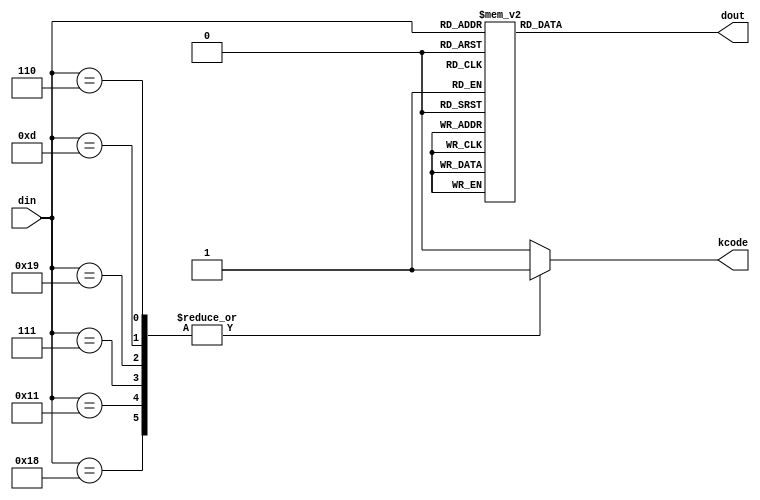
//  ____         _                ____                      
// | __ )  _ __ (_)  __ _  _ __  / ___|  _   _  _ __    ___ 
// |  _ \ | '__|| | / _` || '_ \ \___ \ | | | || '_ \  / _ \
// | |_) || |   | || (_| || | | | ___) || |_| || | | ||  __/
// |____/ |_|   |_| \__,_||_| |_||____/  \__,_||_| |_| \___|
//                                                          
// Programed By: BrianSune
// Contact: briansune@gmail.com
// 


`timescale 1ns/1ps

module dec_4b5b(
	
	input	[4 : 0]		din,
	output				kcode,
	output	[3 : 0]		dout
);
	
	reg		[3 : 0]		dout_c;
	reg					kcode_c;
	
	always@(*)begin
		case(din)
			5'b11110: dout_c = 4'd0;
			5'b01001: dout_c = 4'd1;
			5'b10100: dout_c = 4'd2;
			5'b10101: dout_c = 4'd3;
			5'b01010: dout_c = 4'd4;
			5'b01011: dout_c = 4'd5;
			5'b01110: dout_c = 4'd6;
			5'b01111: dout_c = 4'd7;
			5'b10010: dout_c = 4'd8;
			5'b10011: dout_c = 4'd9;
			5'b10110: dout_c = 4'hA;
			5'b10111: dout_c = 4'hB;
			5'b11010: dout_c = 4'hC;
			5'b11011: dout_c = 4'hD;
			5'b11100: dout_c = 4'hE;
			5'b11101: dout_c = 4'hF;
			// 1 XXXX
			5'b11000: dout_c = 4'd0; // sync-1
			5'b10001: dout_c = 4'd1; // sync-2
			5'b00111: dout_c = 4'd2; // rst-1
			5'b11001: dout_c = 4'd3; // rst-2
			5'b01101: dout_c = 4'd4; // eop
			5'b00110: dout_c = 4'd5; // sync-3
			default: dout_c = 4'd0;
		endcase
		
		case(din)
			5'b11000: kcode_c = 1'b1; // sync-1
			5'b10001: kcode_c = 1'b1; // sync-2
			5'b00111: kcode_c = 1'b1; // rst-1
			5'b11001: kcode_c = 1'b1; // rst-2
			5'b01101: kcode_c = 1'b1; // eop
			5'b00110: kcode_c = 1'b1; // sync-3
			default: kcode_c = 1'b0;
		endcase
	end
	
	assign dout  = dout_c;
	assign kcode = kcode_c;
	
endmodule